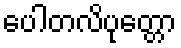
ပေါတလိပုတ္တော